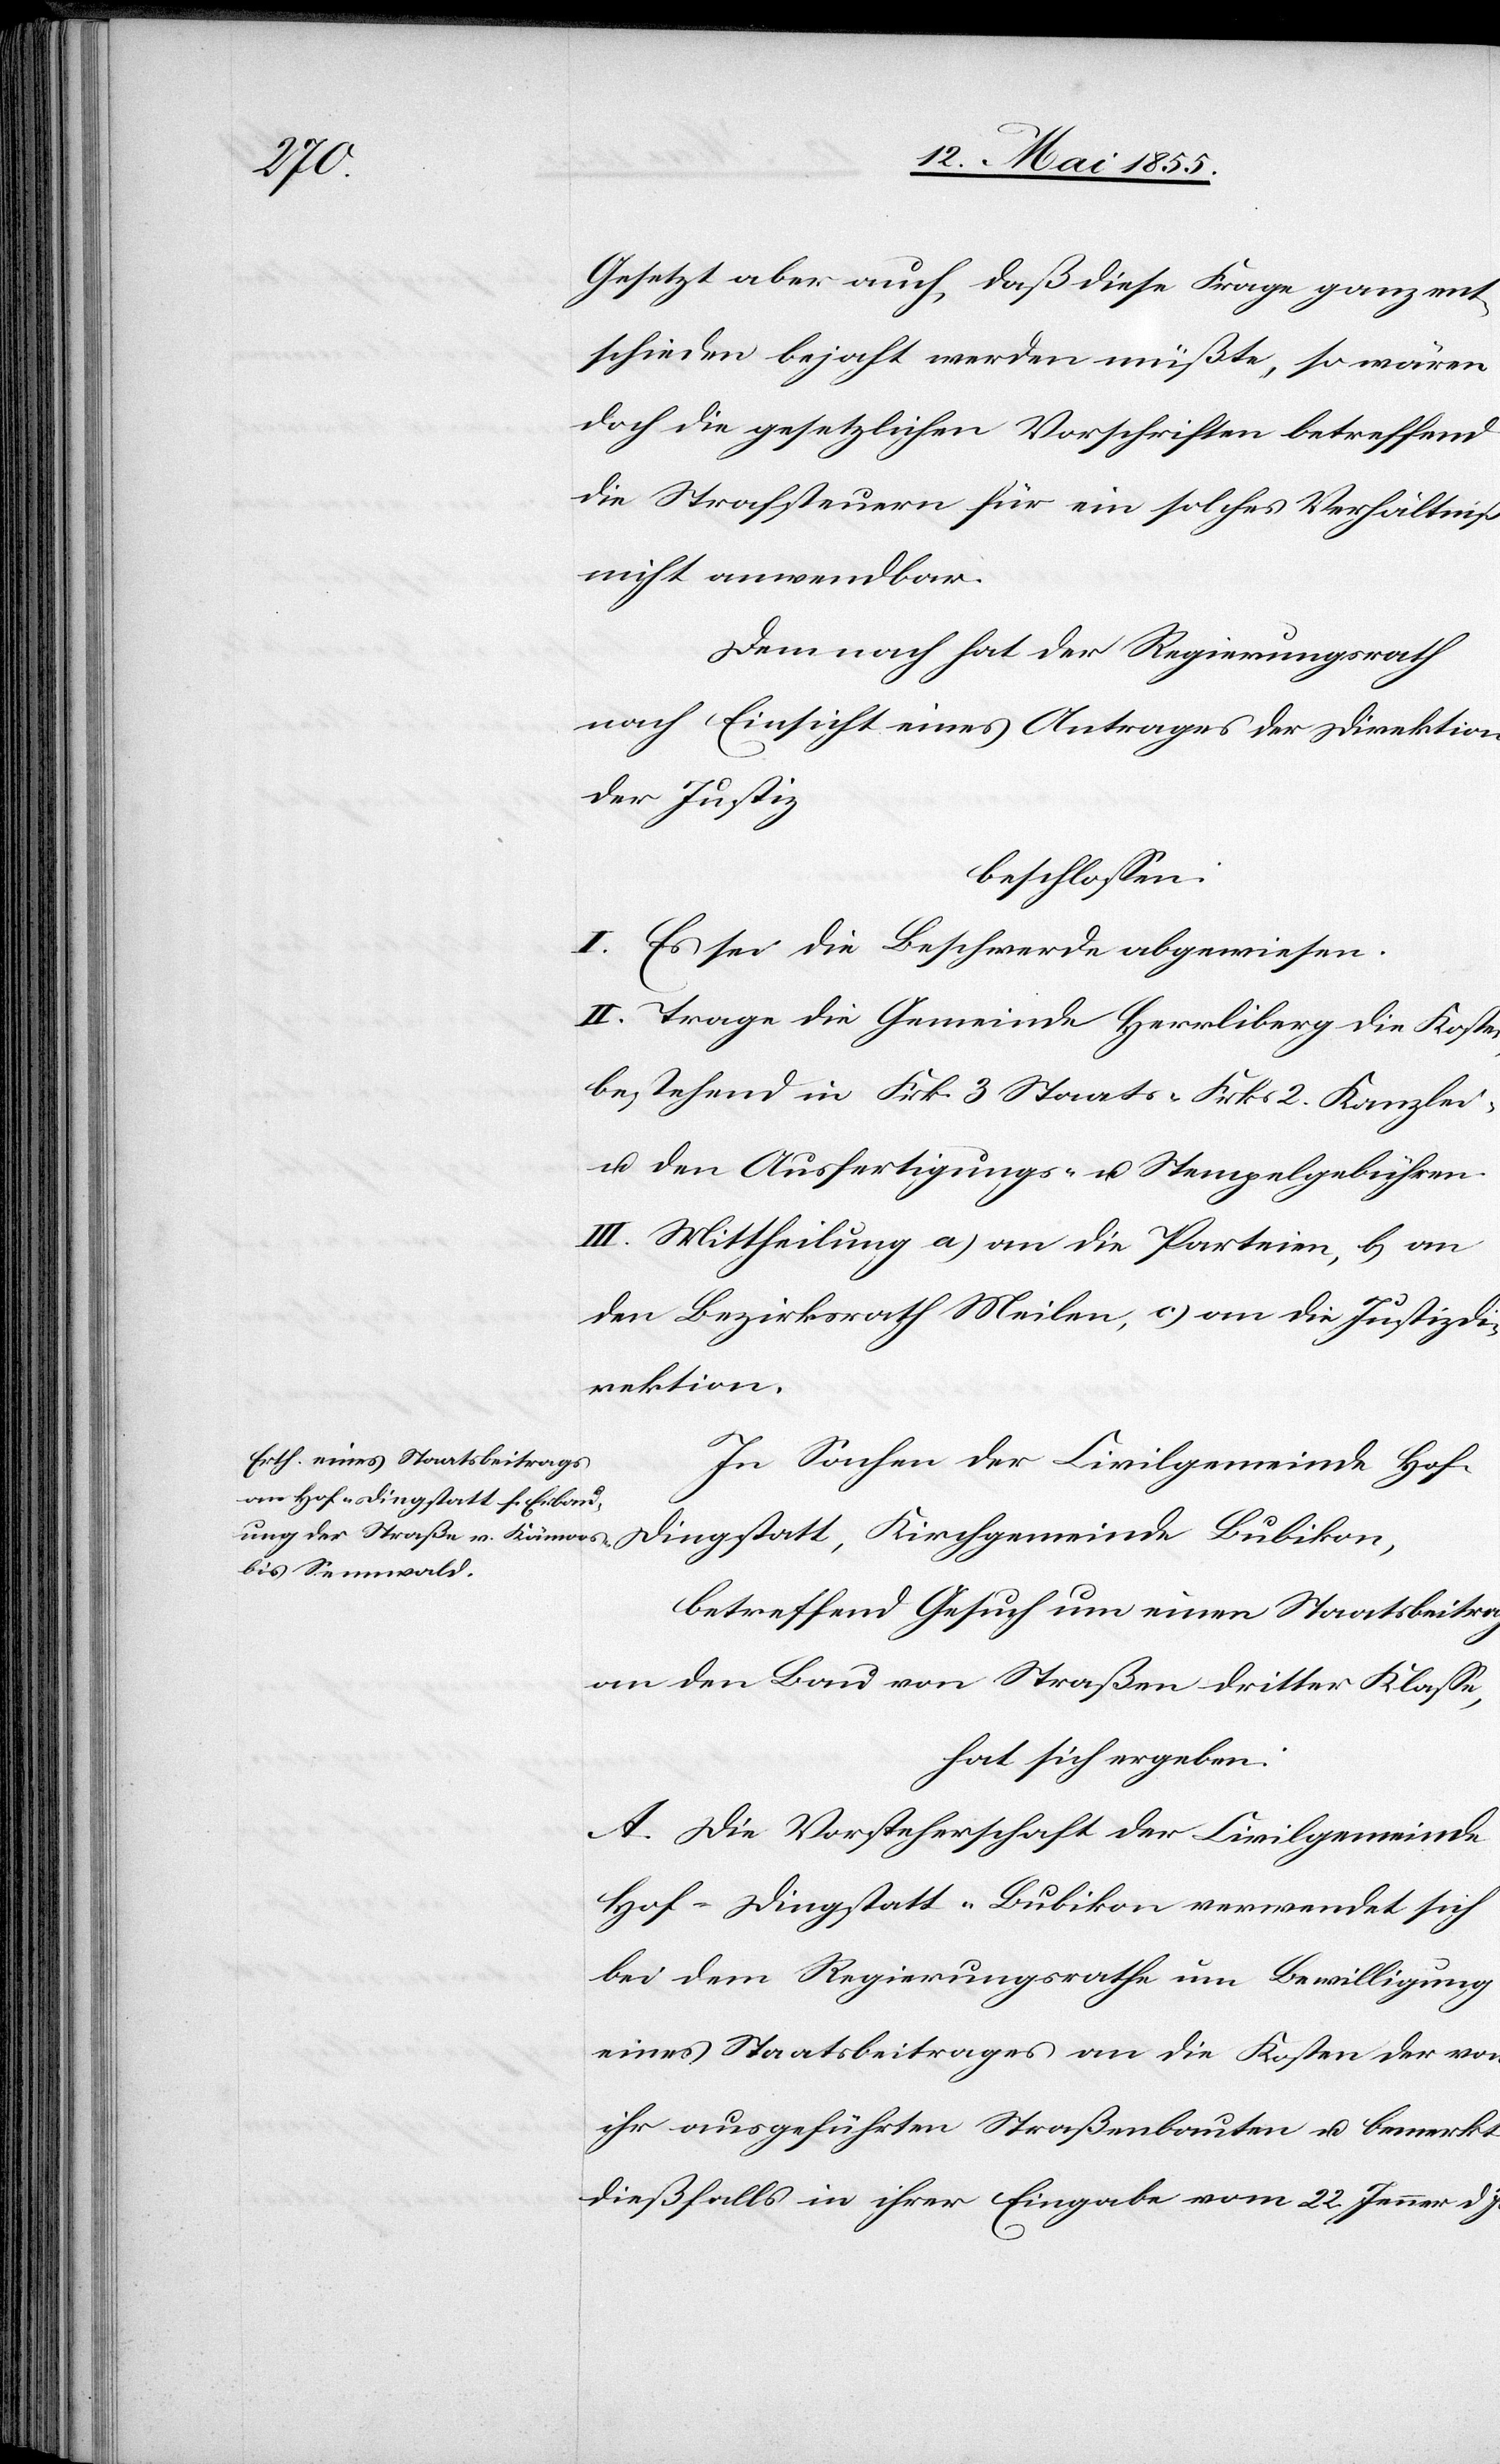
Gesetzt aber auch, daß diese Frage ganz ent¬
schieden bejaht werden müßte, so wären
doch die gesetzlichen Vorschriften betreffend
die Strafsteuern für ein solches Verhältniß
nicht anwendbar.
Demnach hat der Regierungsrath
nach Einsicht eines Antrages der Direktion
der Justiz
beschlossen:
I. Es sei die Beschwerde abgewiesen.
II. Trage die Gemeinde Herrliberg die Kosten,
bestehend in Frk. 3 Staats-[,] Frks 2. Kanzlei-
u. den Ausfertigungs- u. Stempelgebühren.
III. Mittheilung a) an die Parteien, b) an
den Bezirksrath Meilen, c) an die Justizdi¬
rektion.
In Sachen der Civilgemeinde Hof-D¬
ingstatt, Kirchgemeinde Bubikon,
betreffend Gesuch um einen Staatsbeitrag
an den Bau von Straßen dritter Klasse,
hat sich ergeben:
A. Die Vorsteherschaft der Civilgemeinde
Hof-Dingstatt-Bubikon verwendet sich
bei dem Regierungsrathe um Bewilligung
eines Staatsbeitrages an die Kosten der von
ihr ausgeführten Straßenbauten u. bemerkt
dießfalls in ihrer Eingabe vom 22. Jenner d.